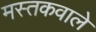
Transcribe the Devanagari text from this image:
मस्तकवाले